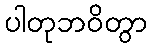
ပါတုဘဝိတွာ